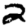
Digit: 2